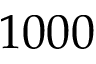
1 0 0 0